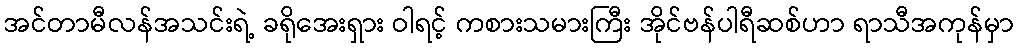
အင်တာမီလန်အသင်းရဲ့ ခရိုအေးရှား ဝါရင့် ကစားသမားကြီး အိုင်ဗန်ပါရီဆစ်ဟာ ရာသီအကုန်မှာ